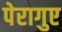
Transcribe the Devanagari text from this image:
पेरागुए